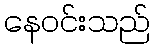
နေဝင်းသည်